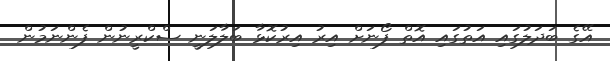
އޭގެ ބަދަލުގައި އަތުގައި އޮތް ފޯނަށް އިރު އިރުކޮޅާ ބަލާލަނީ ސްކްރީނުން ފެންނަމުން